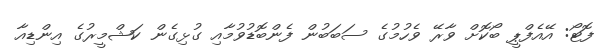
ފޮޓޯ: އޭއެފްޕީ ބޯކޮށް ވާރޭ ވެހުމުގެ ސަބަބުން ފެންބޮޑުވުމާއި ގުޅިގެން ކަޝްމީރުގެ އިންޑިއާ